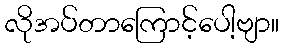
လိုအပ်တာကြောင့်ပေါ့ဗျာ။